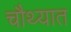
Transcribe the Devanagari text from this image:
चौथ्यात